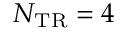
N _ { \mathrm { { T R } } } = 4